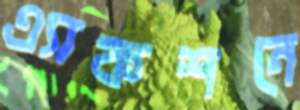
এ্যাকশনে